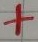
Text: +